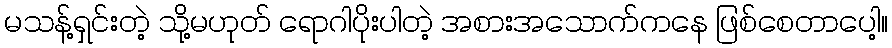
မသန့်ရှင်းတဲ့ သို့မဟုတ် ရောဂါပိုးပါတဲ့ အစားအသောက်ကနေ ဖြစ်စေတာပေါ့။